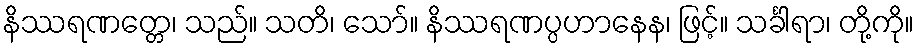
နိဿရဏတ္တေ၊ သည်။ သတိ၊ သော်။ နိဿရဏပ္ပဟာနေန၊ ဖြင့်။ သင်္ခါရာ၊ တို့ကို။